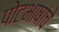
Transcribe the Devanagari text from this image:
पोटभाषांचे